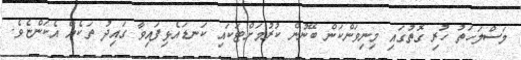
މަސްލަހަތު ހުރި ގޮތުގައި މިނިވަންކަން ބޭނުން ކުރުމަށްޓަކައި ކަނޑައެޅިފައިވާ ގައިދު ތަކެއް އެކަންޏެވެ.